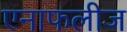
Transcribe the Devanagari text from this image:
एनाफलीज